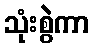
သုံးစွဲကာ